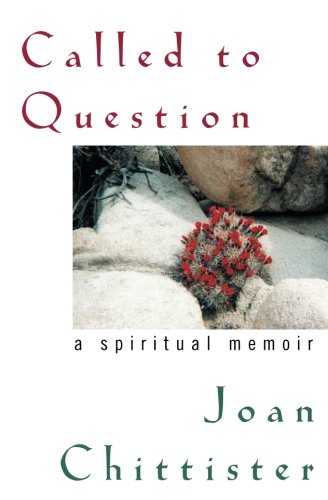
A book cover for Called to Question: A Spiritual Memoir; Joan Sister Chittister; Christian Books & Bibles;